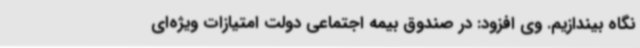
نگاه بیندازیم. وی افزود: در صندوق بیمه اجتماعی دولت امتیازات ویژه‌ای